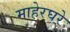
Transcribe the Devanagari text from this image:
माहेरघरे